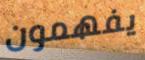
يفهمون